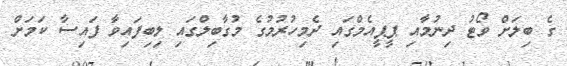
ގެ ބިލަށް ވޯޓު ދިނުމާއި ޕީޕީއެމްގައި ދެމިހުރުމުގެ މުގާބިލްގައި ލިބިފައިވާ ފައިސާ ކަމަށް